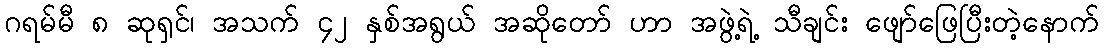
ဂရမ်မီ ၈ ဆုရှင်၊ အသက် ၄၂ နှစ်အရွယ် အဆိုတော် ဟာ အဖွဲ့ရဲ့ သီချင်း ဖျော်ဖြေပြီးတဲ့နောက်